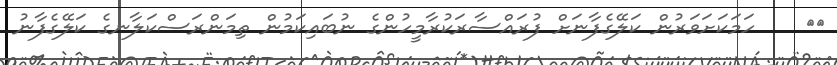
٩٥    ހަމަކަށަވަރުން ކަލޭގެފާނަށް ފުރައްސާރަކުރާމީހުންގެ ނުބައިކަމުން ތިމަންރަސްކަލާނގެ ކަލޭގެފާނު